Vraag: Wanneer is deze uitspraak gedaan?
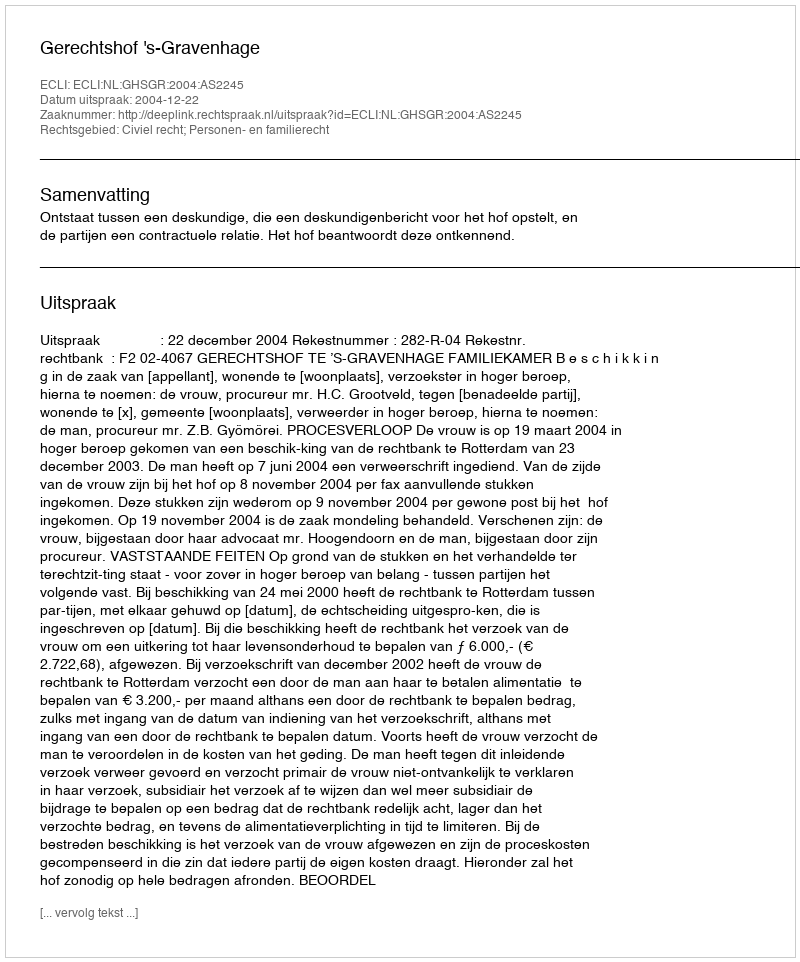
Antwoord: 2004-12-22